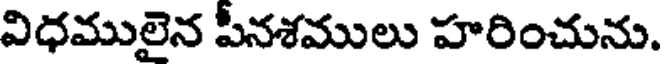
విధములైన పీనశములు హరించును.